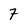
Character: 7